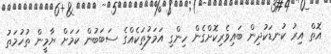
އޮތް އިރު ކުނޑަކުދިން ބައިވެރިކޮށްގެން ހިންގި އަމަލުތަކެއްގެ ސަބަބުން ކަމަށް ޔާމީން ތުހުމަތު